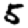
Digit: 5